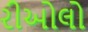
રીઓલો